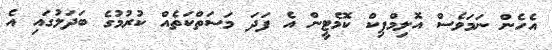
އެހެން ނަމަވެސް އޮލިމްޕިކް ކޮމެޓީން އެ ފަދަ މަސަތްކަތެއް ކުރުމުގެ ބަދަލުގައި އެ